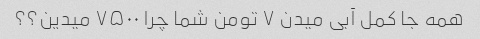
همه جا کمل آبی میدن ۷ تومن شما چرا ۷۵۰۰ میدین؟؟